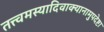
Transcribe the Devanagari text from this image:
तत्त्वमस्यादिवाक्यानामुपदेष्टा